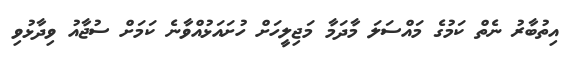
އިތުބާރު ނެތް ކަމުގެ މައްސަލަ މާދަމާ މަޖިލީހަށް ހުށައަޅުއްވާނެ ކަމަށް ސުޖާއު ވިދާޅުވި